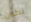
يكون